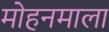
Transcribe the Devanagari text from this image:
मोहनमाला